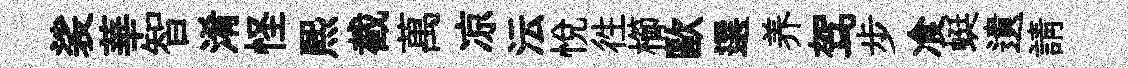
裟華智淆怪煕截萬凉沄悅徃櫛歐選养驾步飡蜓遺請